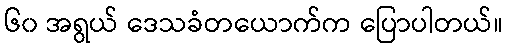
၆၀ အရွယ် ဒေသခံတယောက်က ပြောပါတယ်။